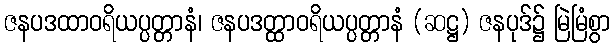
ဇနပဒထာဝရိယပ္ပတ္တာနံ၊ ဇနပဒတ္ထာဝရိယပ္ပတ္တာနံ (ဆဋ္ဌ) ဇနပုဒ်၌ မြဲမြံစွာ